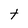
Character: t